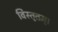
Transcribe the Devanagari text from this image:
विस्तृतम्।